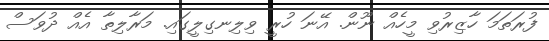
ފުރަތަމަ ހާޒިރުވި މީހެއް ނޫން. އޭނަ ހުރީ ވިލިނގިލީގައި. މަރާލިތާ އެއް ދުވަސް